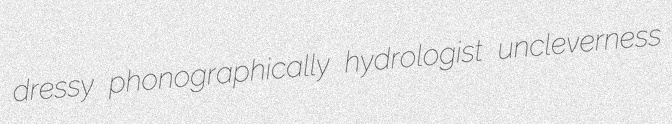
dressy phonographically hydrologist uncleverness